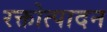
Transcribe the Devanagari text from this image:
रक्तोत्पादन